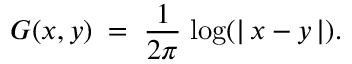
G ( x , y ) \; = \; \frac { 1 } { 2 \pi } \; \mathrm { \log } ( | \, x - y \, | ) .